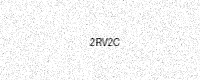
Text: 2RV2C